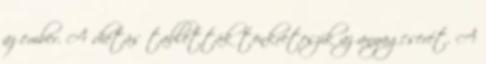
az ember. A diétás tabletták tönkreteszik az anyagcserét. A